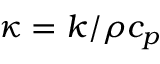
\kappa = k / \rho c _ { p }